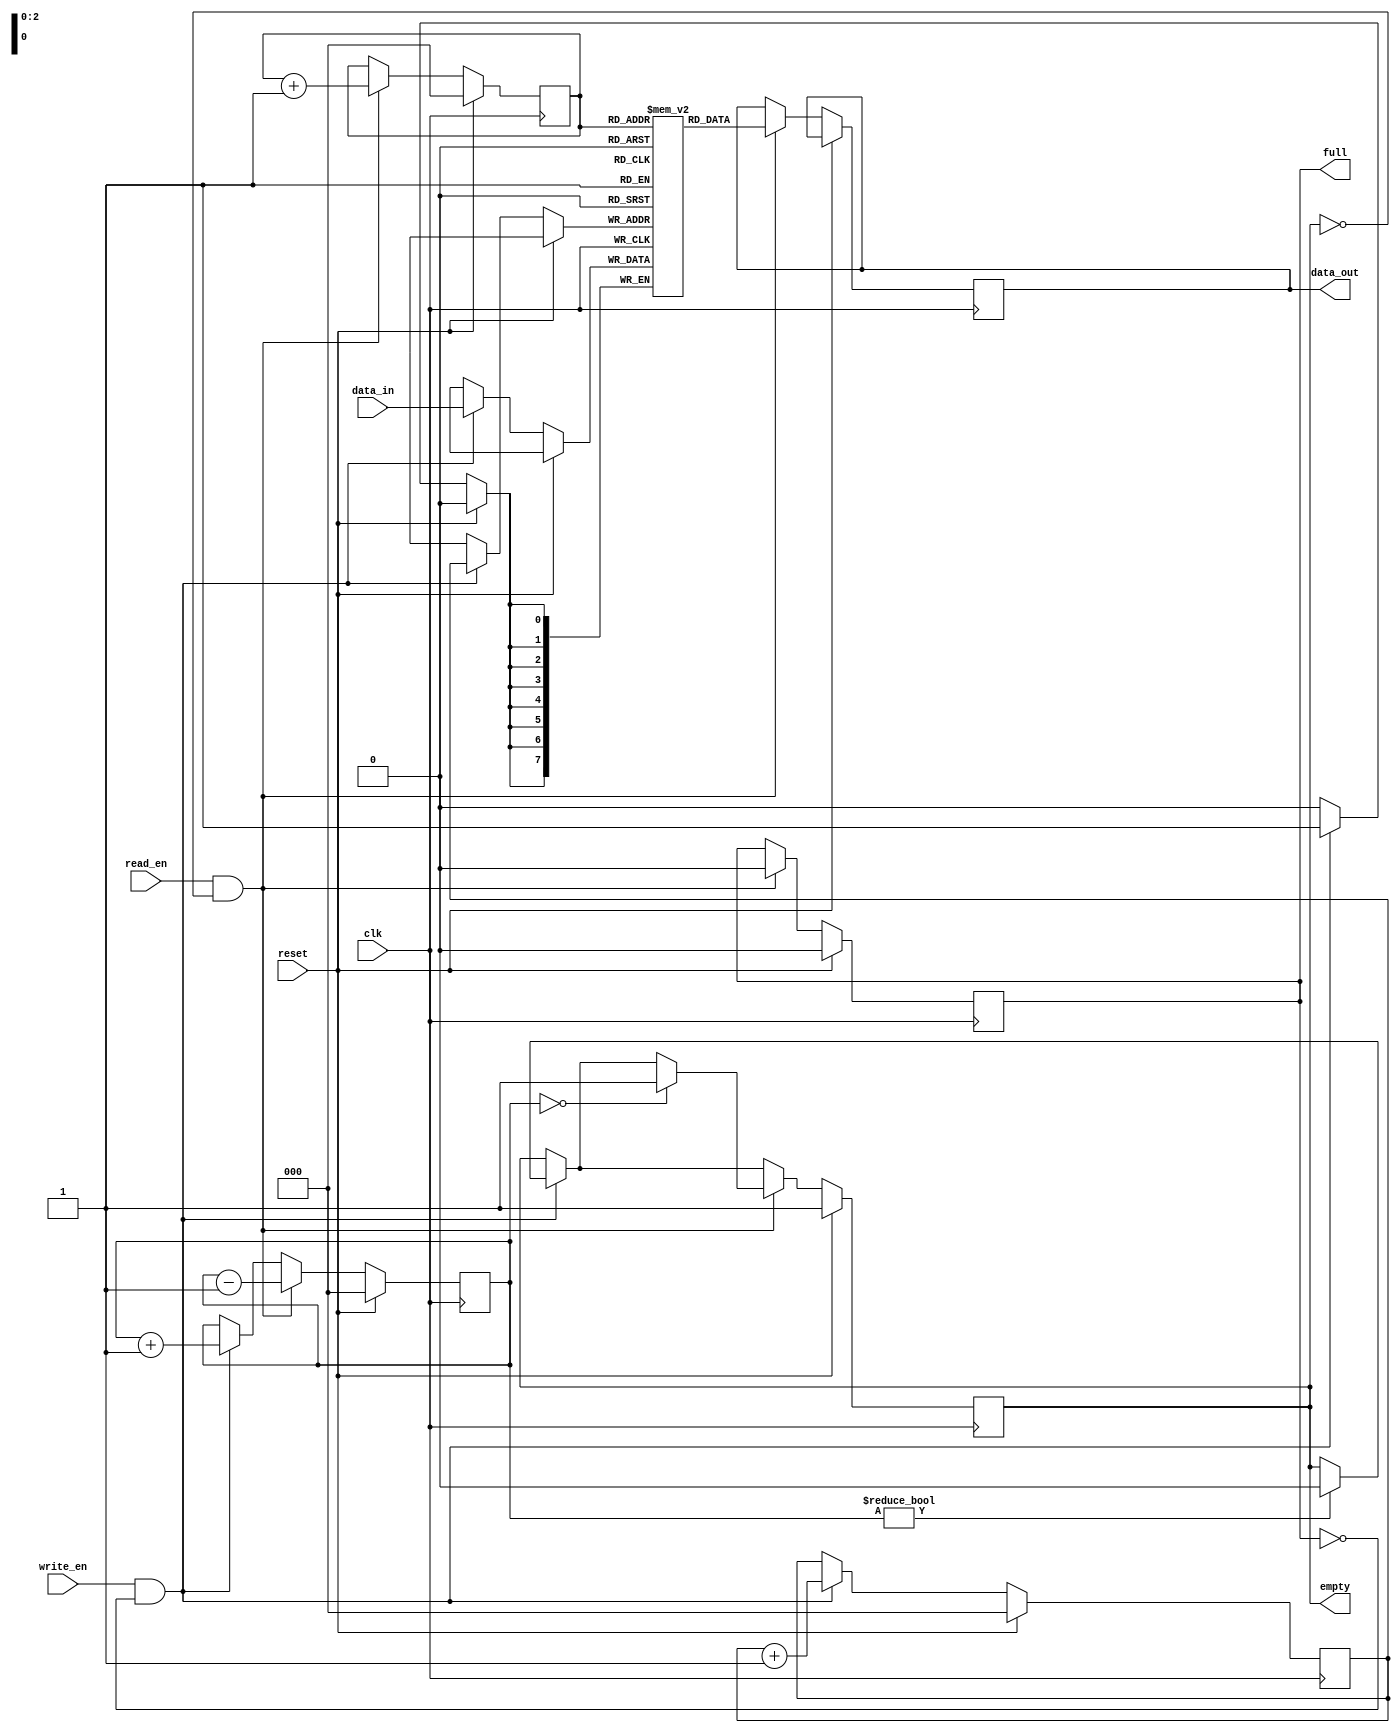
module fifo (
    input wire clk,
    input wire reset,
    input wire write_en,
    input wire read_en,
    input wire [7:0] data_in,
    output reg [7:0] data_out,
    output reg empty,
    output reg full
);

parameter DEPTH = 8; // Depth of the FIFO

reg [7:0] memory [0:DEPTH-1];
reg [2:0] write_ptr;
reg [2:0] read_ptr;

reg [2:0] count;

always @ (posedge clk) begin
    if (reset) begin
        write_ptr <= 3'b0;
        read_ptr <= 3'b0;
        count <= 3'b0;
        empty <= 1'b1;
        full <= 1'b0;
    end else begin
        // Write operation
        if (write_en && !full) begin
            memory[write_ptr] <= data_in;
            write_ptr <= write_ptr + 1;
            count <= count + 1;
            if (count == DEPTH)
                full <= 1'b1;
            if (count != 0)
                empty <= 1'b0;
        end
    
        // Read operation
        if (read_en && !empty) begin
            data_out <= memory[read_ptr];
            read_ptr <= read_ptr + 1;
            count <= count - 1;
            if (count == 0)
                empty <= 1'b1;
            if (count != DEPTH)
                full <= 1'b0;
        end
    end
end

endmodule